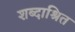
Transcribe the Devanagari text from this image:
शब्दाश्रित